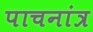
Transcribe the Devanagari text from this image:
पाचनांत्र